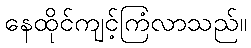
နေထိုင်ကျင့်ကြံလာသည်။